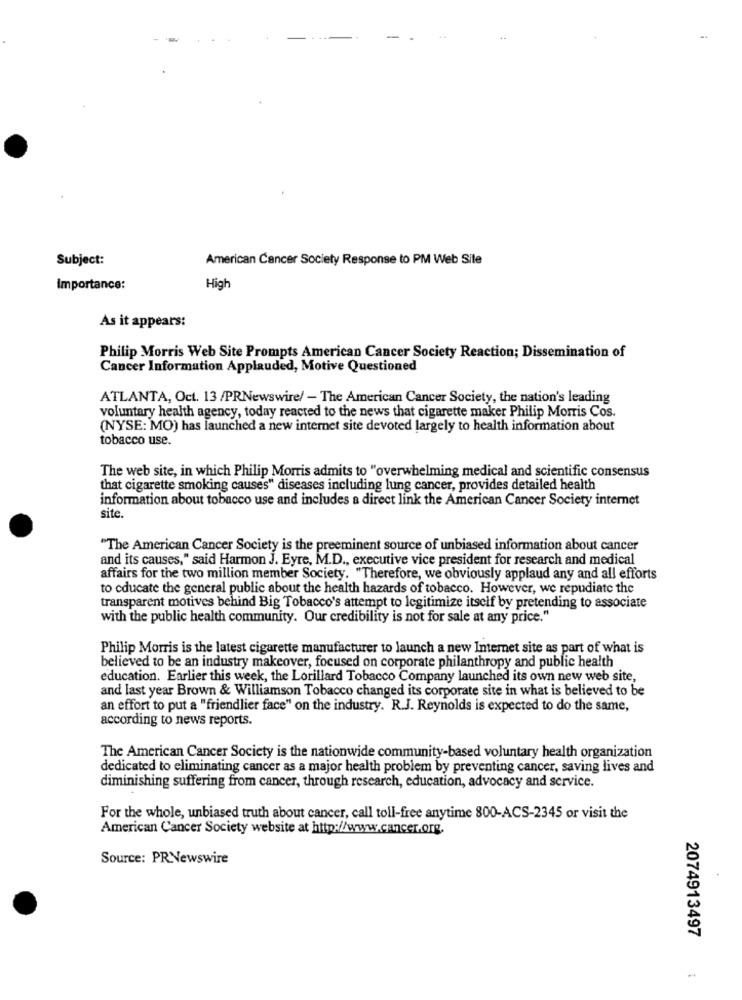
Subject:
American Cancer Society Response to PM Web Site
Importance:
High
As it appears:
Philip Morris Web Site Prompts American Cancer Society Reaction; Dissemination of
Cancer Information Applauded, Motive Questioned
ATLANTA, Oct. 13 /PRNewswire/ - The American Cancer Society, the nation's leading
voluntary health agency, today reacted to the news that cigarette maker Philip Morris Cos.
(NYSE: MO) has launched a new internet site devoted largely to health information about
tobacco use.
The web site, in which Philip Morris admits to "overwhelming medical and scientific consensus
that cigarette smoking causes" diseases including lung cancer, provides detailed health
information about tobacco use and includes a direct link the American Cancer Society internet
site.
"The American Cancer Society is the preeminent source of unbiased information about cancer
and its causes," said Harmon J. Eyre, M.D ., executive vice president for research and medical
affairs for the two million member Society. "Therefore, we obviously applaud any and all efforts
to educate the general public about the health hazards of tobacco. However, we repudiate the
transparent motives behind Big Tobacco's attempt to legitimize itself by pretending to associate
with the public health community. Our credibility is not for sale at any price."
Philip Morris is the latest cigarette manufacturer to launch a new Internet site as part of what is
believed to be an industry makeover, focused on corporate philanthropy and public health
education. Earlier this week, the Lorillard Tobacco Company launched its own new web site,
and last year Brown & Williamson Tobacco changed its corporate site in what is believed to be
an effort to put a "friendlier face" on the industry. R.J. Reynolds is expected to do the same,
according to news reports.
The American Cancer Society is the nationwide community-based voluntary health organization
dedicated to eliminating cancer as a major health problem by preventing cancer, saving lives and
diminishing suffering from cancer, through research, education, advocacy and service.
For the whole, unbiased truth about cancer, call toll-free anytime 800-ACS-2345 or visit the
American Cancer Society website at http://www.cancer.org.
Source: PRNewswire
2074913497